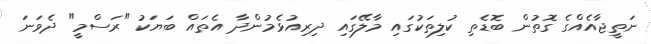
ނަތީޖާއެއްގެ ގޮތުން ބޮޑެތި ކުލިތަކުގައި މާލޭގައި ދިރިއުޅެމުންދާ އެތައް ބަޔަކު "ރަސްމީ" ދެވަނަ